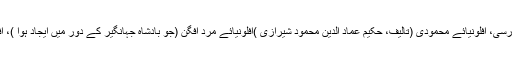
مثلاً افلونیائے فارسی، افلونیائے محمودی (تالیف، حکیم عماد الدین محمود شیرازی )افلونیائے مرد افگن (جو بادشاہ جہانگیر کے دور میں ایجاد ہوا )، افلونیائے احمدی۔